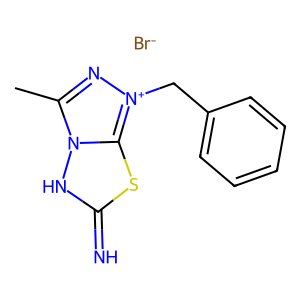
SMILES: Cc1n[n+](Cc2ccccc2)c2sc(=N)[nH]n12.[Br-]
Inhibits HIV replication: No